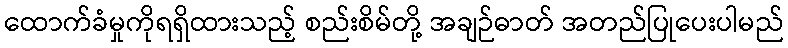
ထောက်ခံမှုကိုရရှိထားသည့် စည်းစိမ်တို့ အချဉ်ဓာတ် အတည်ပြုပေးပါမည်